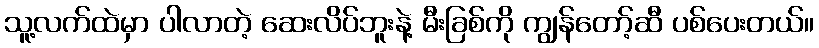
သူ့လက်ထဲမှာ ပါလာတဲ့ ဆေးလိပ်ဘူးနဲ့ မီးခြစ်ကို ကျွန်တော့်ဆီ ပစ်ပေးတယ်။